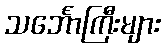
သင်္ဘောကြီးများ